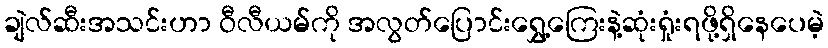
ချဲလ်ဆီးအသင်းဟာ ဝီလီယမ်ကို အလွတ်ပြောင်းရွှေ့ကြေးနဲ့ဆုံးရှုံးရဖို့ရှိနေပေမဲ့